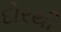
દોરથી